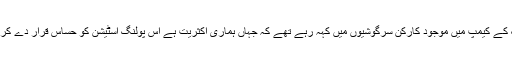
پولنگ اسٹیشن کے باہر ن لیگ کے کیمپ میں موجود کارکن سرگوشیوں میں کہہ رہے تھے کہ جہاں ہماری اکثریت ہے اس پولنگ اسٹیشن کو حساس قرار دے کر زیادہ فورس لگا دی گئی ہے ۔